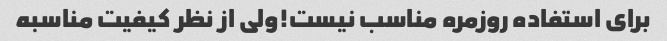
برای استفاده روزمره مناسب نیست!ولی از نظر کیفیت مناسبه